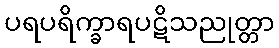
ပရပရိက္ခာရပဋိသညုတ္တာ